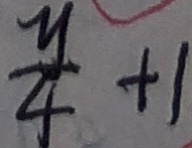
\frac { y } { 4 } + 1